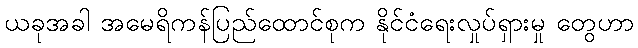
ယခုအခါ အမေရိကန်ပြည်ထောင်စုက နိုင်ငံရေးလှုပ်ရှားမှု တွေဟာ